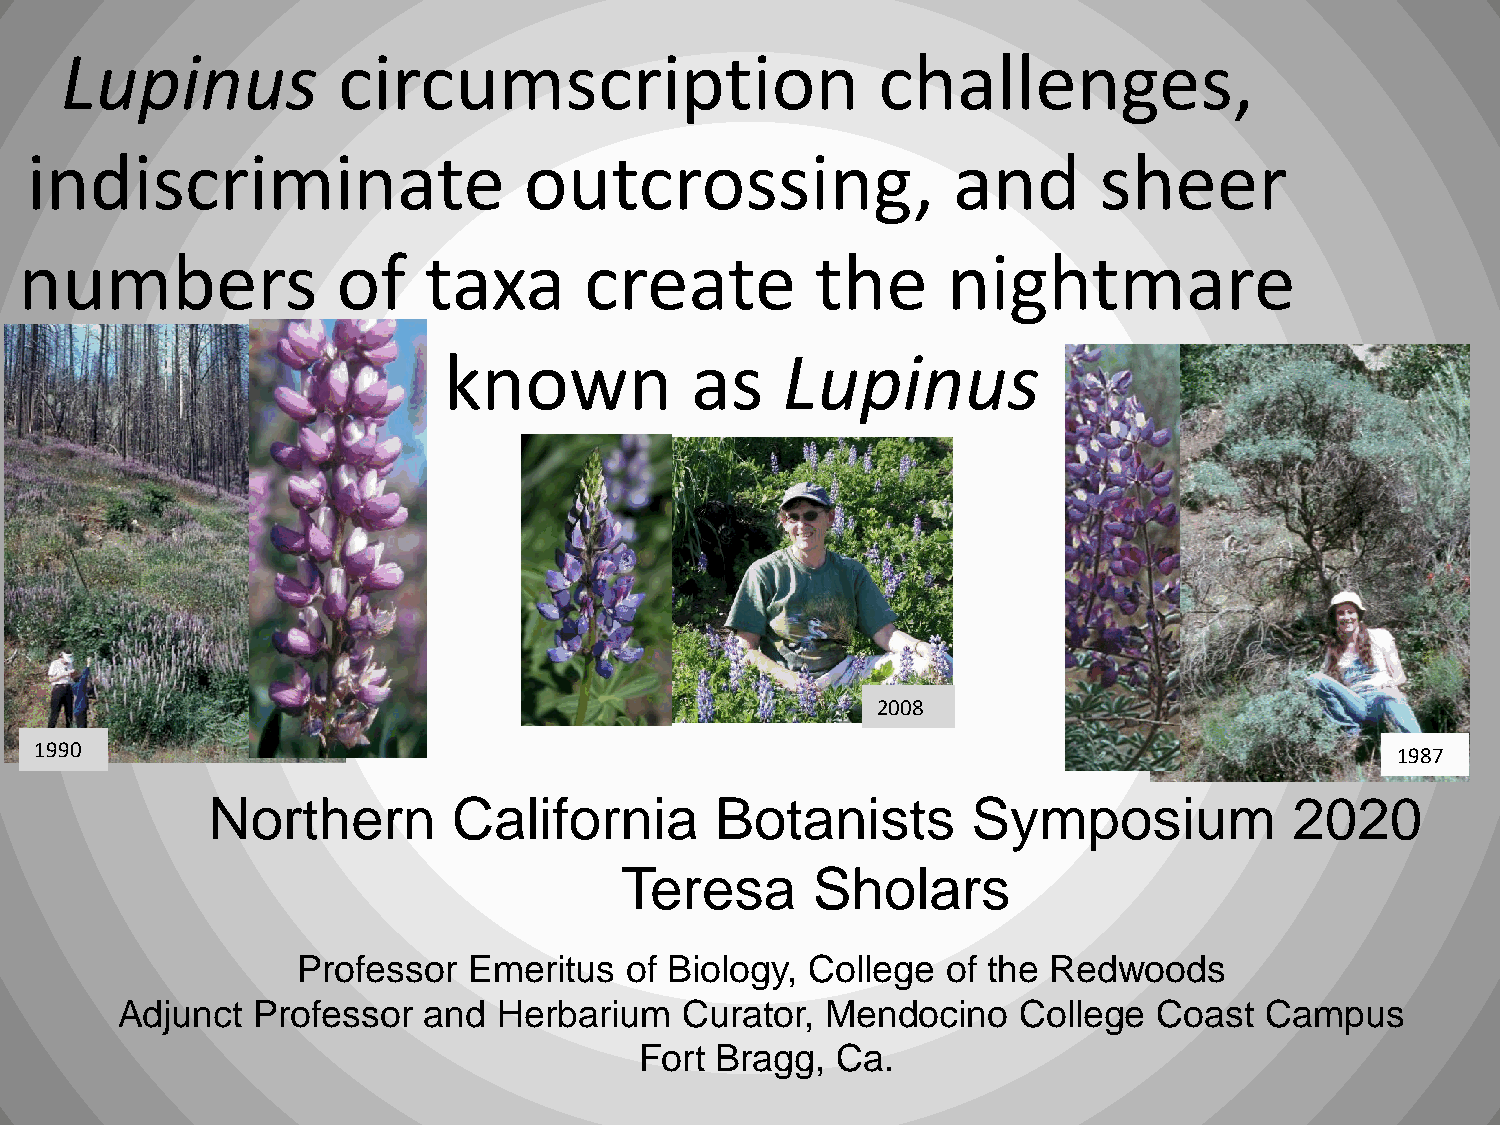
Lupinus           circumscription                     challenges,
 indiscriminate                   outcrossing,                and       sheer
 numbers              of    taxa       create         the      nightmare
 known            as    Lupinus
 2008
 1990                                                                                      1987
 Northern        California       Botanists        Symposium             2020
 Teresa       Sholars
 Professor  Emeritus  of Biology,  College  of the Redwoods
 Adjunct  Professor  and  Herbarium   Curator,  Mendocino    College  Coast  Campus
 Fort Bragg,  Ca.